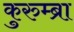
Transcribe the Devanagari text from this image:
कुरुम्ब्रा